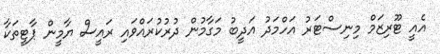
އެއީ ޓޫރިޒަމް މިނިސްޓަރު އަހްމަދު އަދީބު މަގާމުން ދުރުކުރައްވައި ރައީސް ޔާމީން ޕާޓީތަކާ